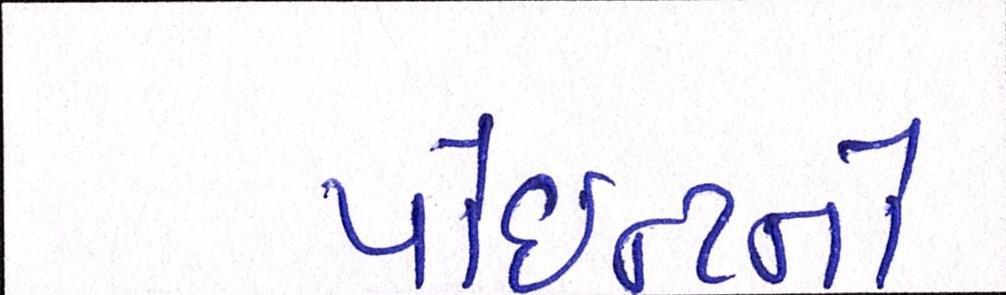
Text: પોઇન્ટનો